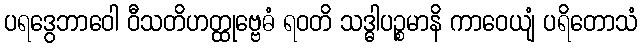
ပရဒွေဘာဝေါ ဝီသတိဟတ္ထုဗ္ဗေဓံ ရဝတိ သဒ္ဓါပဉ္စမာနိ ကာဝေယျံ ပရိတောသံ